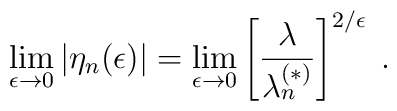
\lim_{\epsilon\rightarrow 0} \left|\eta_{n}(\epsilon)\right| =\lim_{\epsilon\rightarrow 0} \left[\frac{\lambda}{\lambda^{(\ast)}_{n}} \right]^{2/\epsilon} \;  .